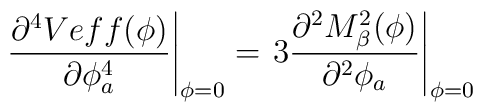
\left. \frac{\partial^4 Veff(\phi)}{\partial \phi_a^4}\right|_{\phi=0}=\left. 3\frac{\partial^2 M^2_{\beta}(\phi)}{\partial^2 \phi_a}\right|_{\phi=0}